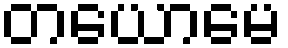
တယောမေ